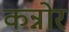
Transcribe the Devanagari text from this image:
कन्नोर